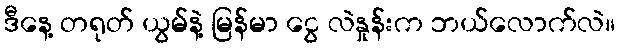
ဒီနေ့ တရုတ် ယွမ်နဲ့ မြန်မာ ငွေ လဲနှုန်းက ဘယ်လောက်လဲ။